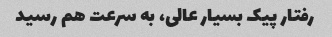
رفتار پیک بسیار عالی، به سرعت هم رسید